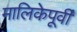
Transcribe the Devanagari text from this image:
मालिकेपूर्वी